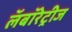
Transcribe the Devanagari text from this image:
लॅबॉरेट्रीज